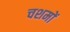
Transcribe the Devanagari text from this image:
चशमों